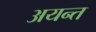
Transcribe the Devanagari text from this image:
अयन्त